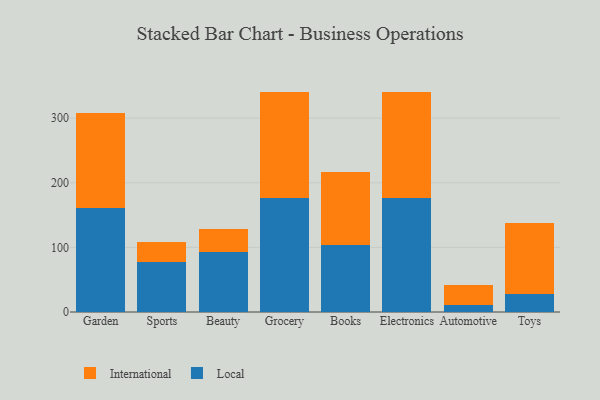
{"axis": {"x": "Category", "y": "Page Views"}, "legend": ["International", "Local"], "data": [{"x": "Garden", "y": 161.1, "type": "Local"}, {"x": "Garden", "y": 146.6, "type": "International"}, {"x": "Sports", "y": 76.9, "type": "Local"}, {"x": "Sports", "y": 32.1, "type": "International"}, {"x": "Beauty", "y": 92.1, "type": "Local"}, {"x": "Beauty", "y": 35.8, "type": "International"}, {"x": "Grocery", "y": 177.2, "type": "Local"}, {"x": "Grocery", "y": 163.3, "type": "International"}, {"x": "Books", "y": 103.3, "type": "Local"}, {"x": "Books", "y": 113.6, "type": "International"}, {"x": "Electronics", "y": 177.1, "type": "Local"}, {"x": "Electronics", "y": 164.0, "type": "International"}, {"x": "Automotive", "y": 11.2, "type": "Local"}, {"x": "Automotive", "y": 30.0, "type": "International"}, {"x": "Toys", "y": 27.9, "type": "Local"}, {"x": "Toys", "y": 110.3, "type": "International"}]}